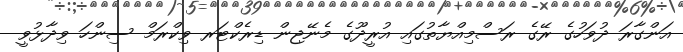
އަންގާރަ ދުވަހުގެ ރޭގެ ރަސްމިއްޔާތުގައި އުރީދޫގެ މެނޭޖިން ޑިރެކްޓަރ ވިކްރަމް ސިންހަ ވިދާޅުވީ